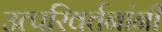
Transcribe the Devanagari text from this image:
उत्परिवर्तनांनी